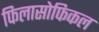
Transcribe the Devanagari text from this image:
फिलासोफिकल